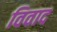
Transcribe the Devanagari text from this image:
विवाद